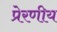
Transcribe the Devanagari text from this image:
प्रेरणीय